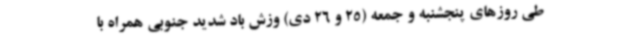
طی روزهای پنجشنبه و جمعه (25 و 26 دی) وزش باد شدید جنوبی همراه با